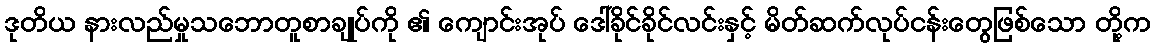
ဒုတိယ နားလည်မှုသဘောတူစာချုပ်ကို ၏ ကျောင်းအုပ် ဒေါ်ခိုင်ခိုင်လင်းနှင့် မိတ်ဆက်လုပ်ငန်းတွေဖြစ်သော တို့က